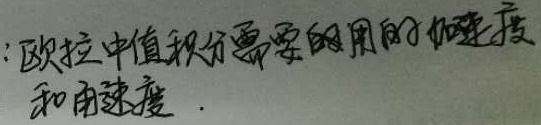
欧拉中值积分需要用到的加速度和速度。